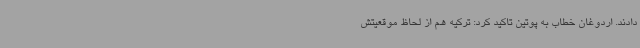
دادند. اردوغان خطاب به پوتین تاکید کرد:‌ ترکیه هم از لحاظ موقعیتش